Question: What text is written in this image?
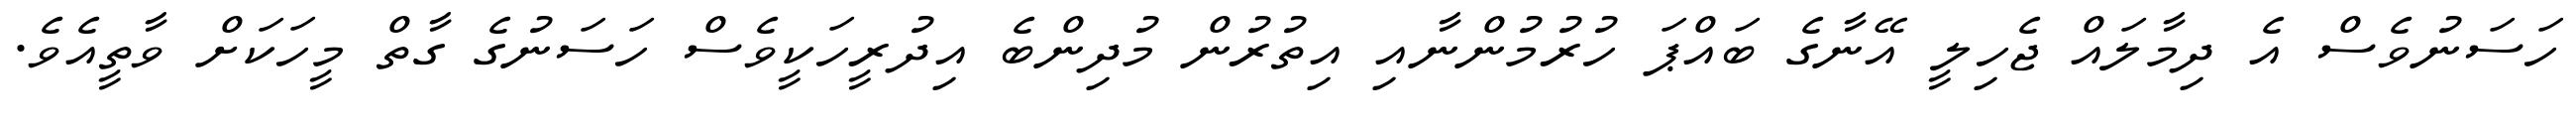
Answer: ހަސަނުވެސް އެ ދިމާލައް ޖެހިލީ އޭނާގެ ބައްޕަ ހުރުމުންނާއި އިތުރުން މުދިންބެ އިދުރީހަކީވެސް ހަސަނުގެ ގާތް މީހަކަށް ވާތީއެވެ.